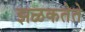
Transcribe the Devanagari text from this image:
झळकतेते